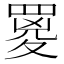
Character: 䍟